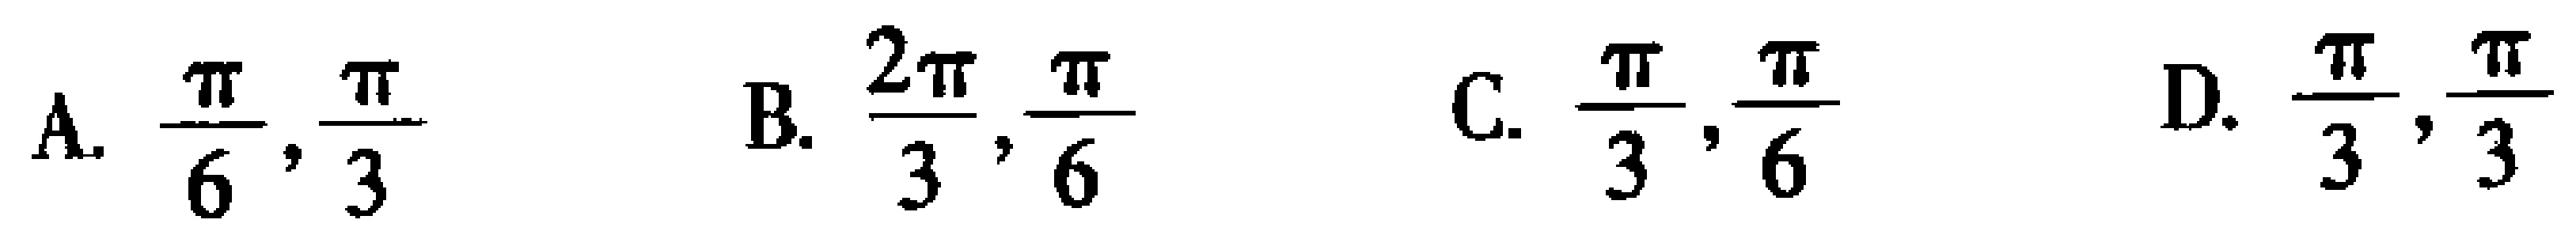
A. $\frac{\pi}{6},\frac{\pi}{3}$  B. $\frac{2\pi}{3},\frac{\pi}{6}$  C. $\frac{\pi}{3},\frac{\pi}{6}$  D. $\frac{\pi}{3},\frac{\pi}{3}$